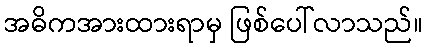
အဓိကအားထားရာမှ ဖြစ်ပေါ်လာသည်။